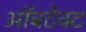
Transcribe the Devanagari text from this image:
ऑबटेक्ट